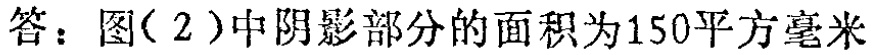
答：图(2)中阴影部分的面积为150平方毫米